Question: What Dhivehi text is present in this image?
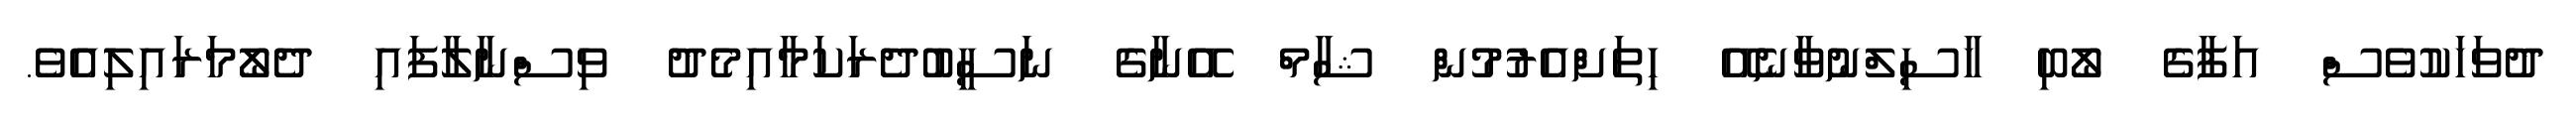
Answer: ދުވަހަކުވެސް އަފާގެ ލޯބި ހާސިލްނުވާނެއޭ ހިތަށްއެރުމުން ޝާމް އޭނާގެ ނަސީބުދެރަކަމާއިމެދު ވިސްނާލާފައި ދެލޯމަރައިލިއެވެ.